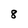
Character: 8